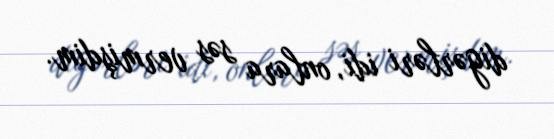
digərləri idi, onlara səs vermişdim.